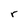
Character: r